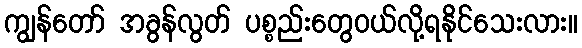
ကျွန်တော် အခွန်လွတ် ပစ္စည်းတွေဝယ်လို့ရနိုင်သေးလား။